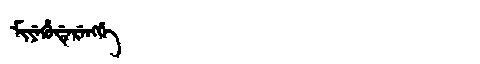
Manchu: ᠮᡳᠶᡝᡥᡠᡩᡝᡵᡝᠩᡤᡝ
Romanization: MIYEHUDERENGGE